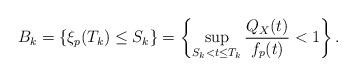
LaTeX: \begin{align*}B_k = \{\xi_p(T_k)\le S_k\}=\left\{\sup_{S_k<t\le T_k}\frac{Q_{X}(t)}{f_p(t)}<1\right\}.\end{align*}